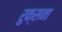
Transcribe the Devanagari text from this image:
रुक्सना